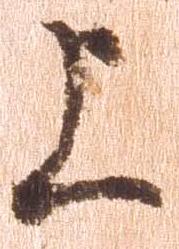
上